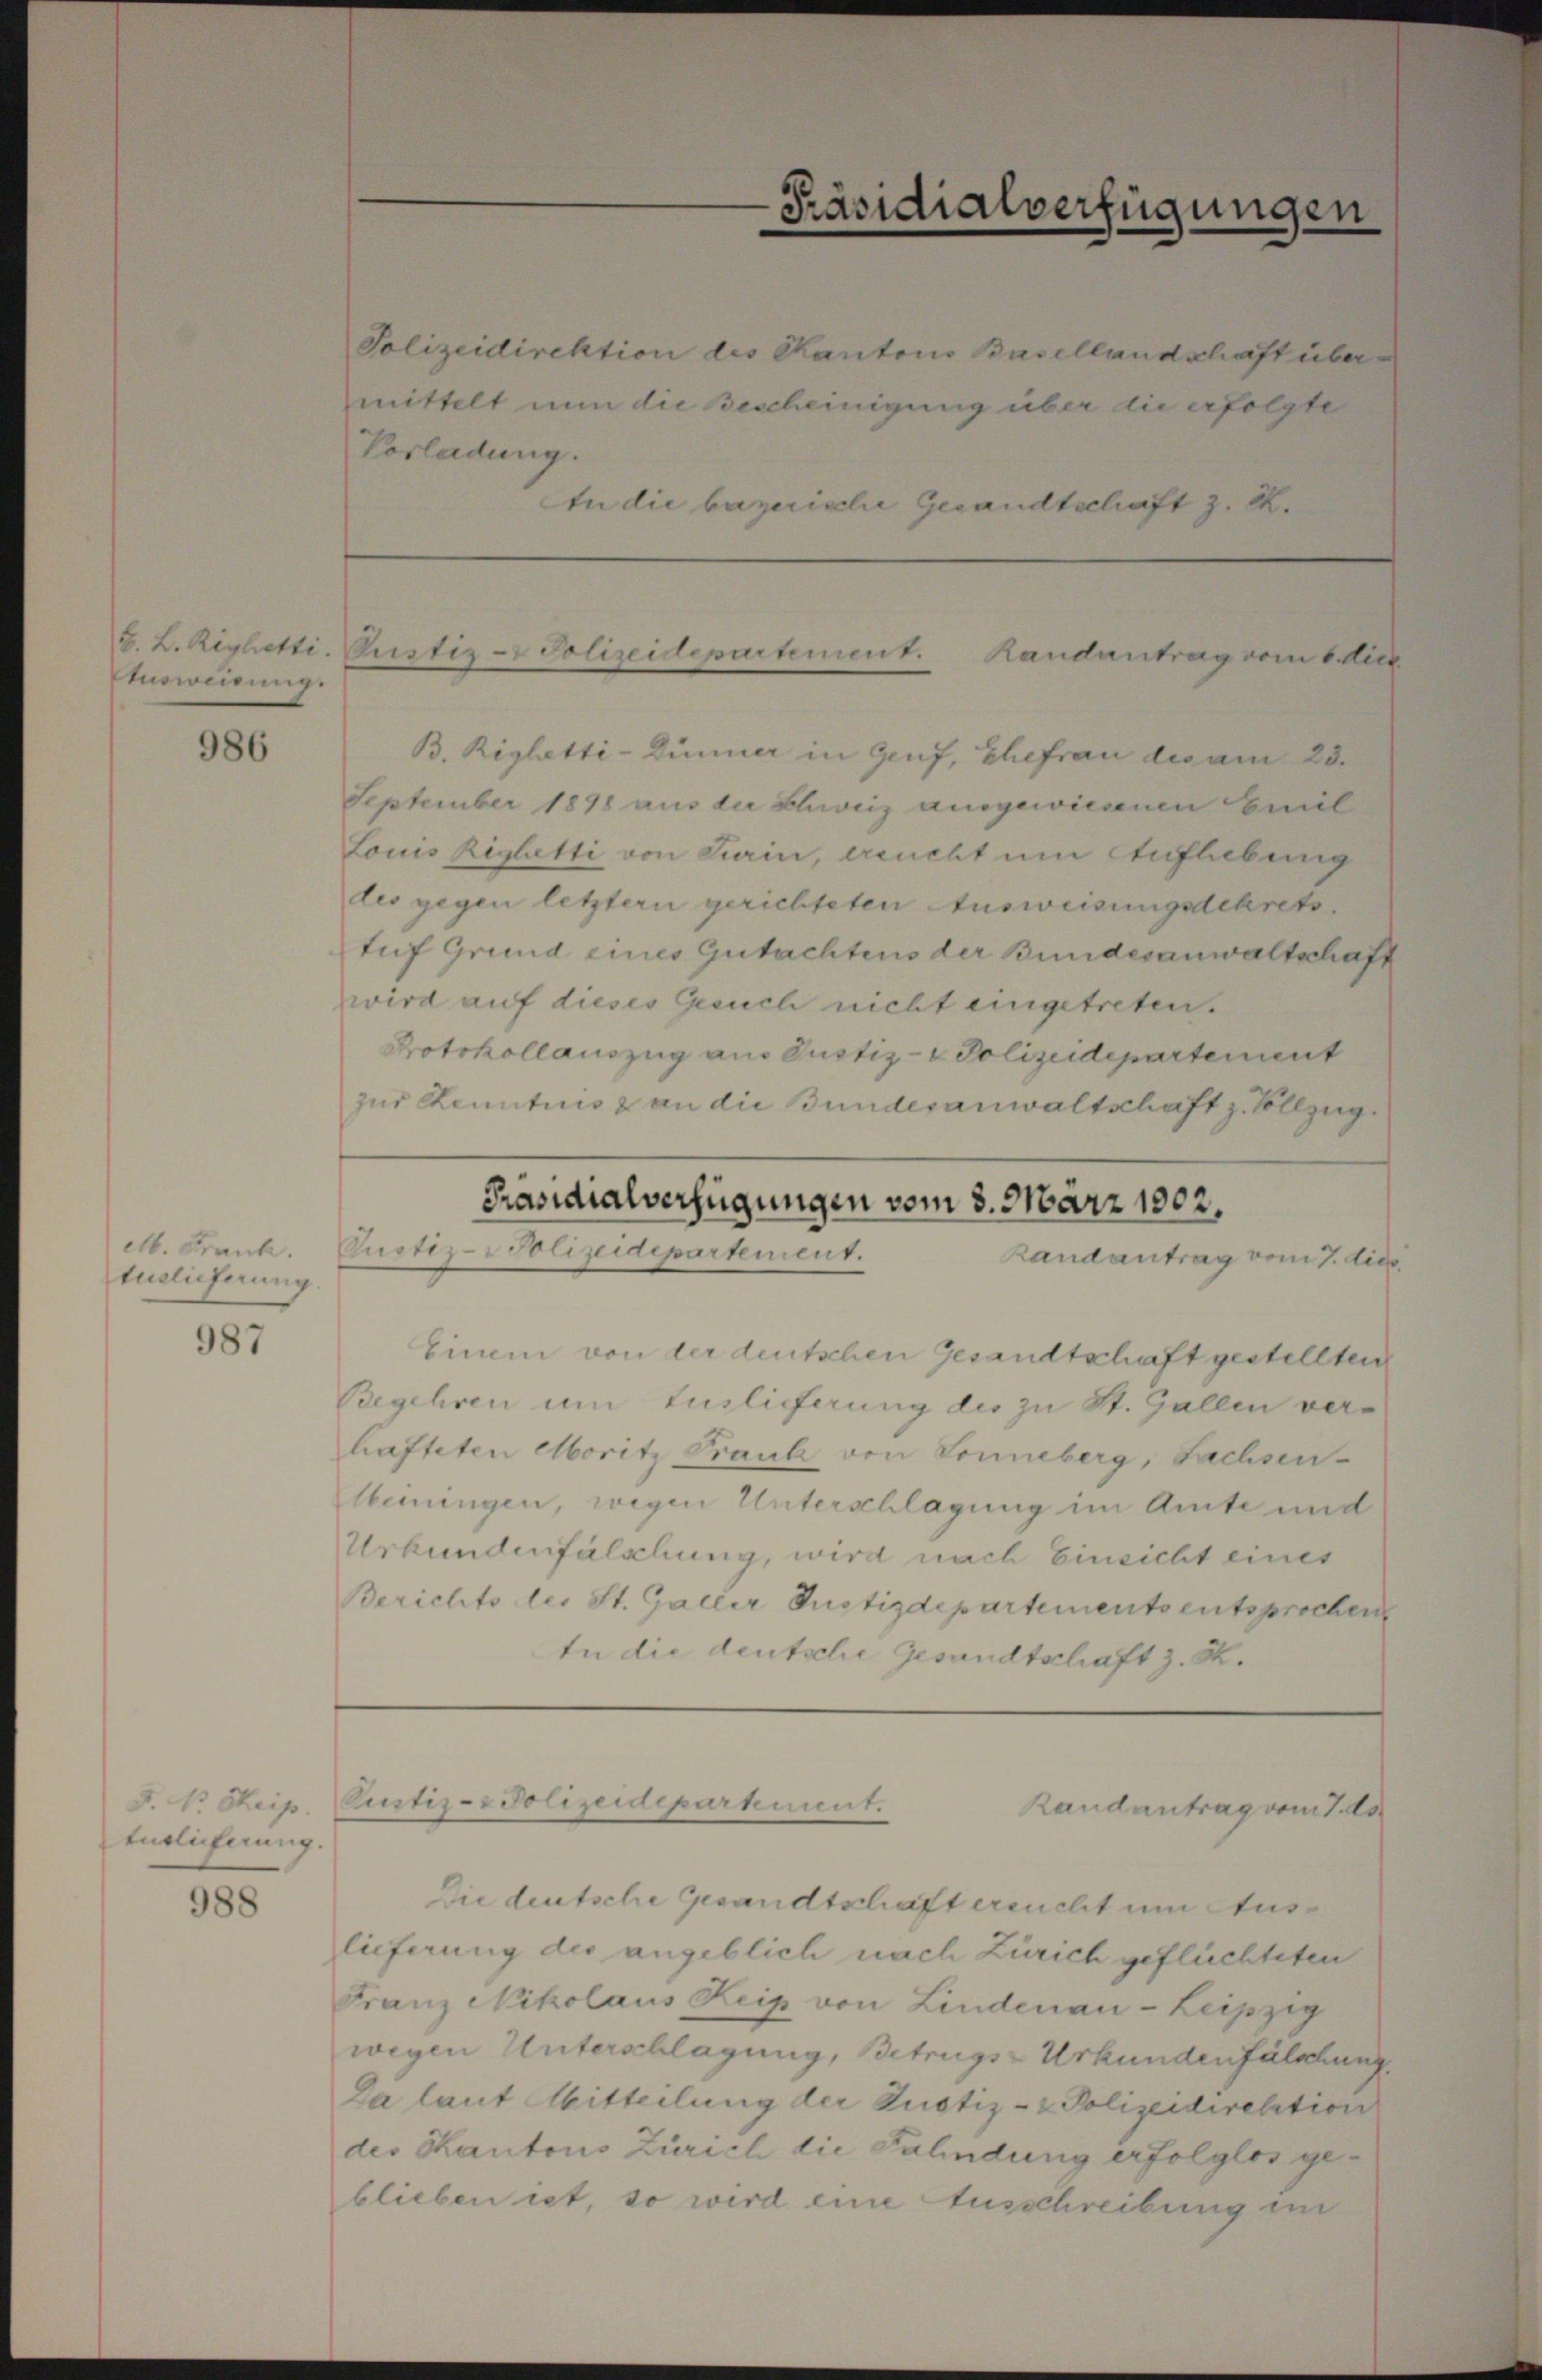
B. L. Righetti
Ausweisung.

986

Mt. Frank.
Euslieferung.

987

Endlicherung.

988

Polizeidirektion des Kantons Basellandschaft über
mittelt nun die Bescheinigung über die erfolgte
Vorladung.
In die bayerische Gesandtschaft z. B.

Präsidialverfügungen

Die deutsche Gesandtschaft ersucht um Auslieferung des angeblich nach Zürich geflüchteten
Franz Nikolaus Keip von Lindenau-Leipzig
wegen Unterschlagung, Betrugs-Urkundenfälschung
Da laut Mitteilung der Justiz- & Polizeidirektion
des Kantons Zürich die Fahndung erfolglos geblieben ist, so wird eine Ausschreibung im

B. Righetti-Dünner in Genf, Ehefrau des am 23.
September 1898 aus der Schweiz ausgewiesenen Emil
Louis Riglutti von Turin, ersucht um Auflebung
des gegen letztern gerichteten Ausweisungsdekrets.
tuf Grund eines Gutachtens der Bundesanwaltschaft
wird auf dieses Gesuch nicht eingetreten.
Protokollauszug aus Justiz- & Polizeidepartement
zur Kenntnis & an die Bundesanwaltschaft z. Vollzug
Präsidialverfügungen vom 3. März 1802.
Custiz-Polizeidepartement.
Randantrag vom 7. dies
Einem von der deutschen Gesandtschaft gestellten
Begehren um Auslieferung des zu St. Gallen verhafteten Moritz Frank von Sonneberg, Sachsen-
Meningen, wegen Unterschlagung im Amte und
Urbundenfälschung, wird nach Einsicht eines
Berichts les St. Galler Justizdepartements entsprochen
In die deutsche Gesandtschaft z. B.

Pustiz-Polizeidepartement. Handantrag vom 6. dies

F. V Scip. Pustiz- & Polizeidepartement.
Randantrag vom 7. ds.